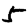
Digit: 5